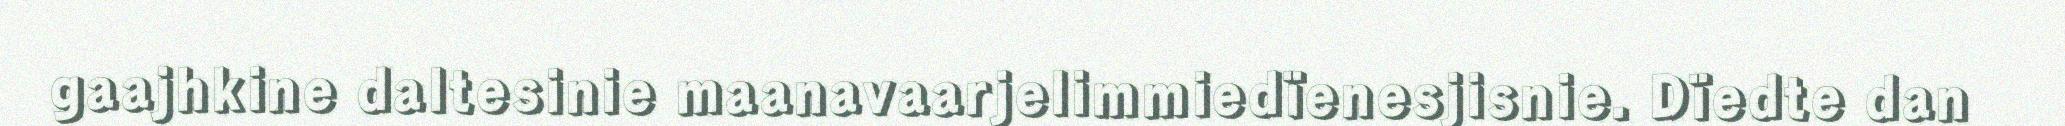
gaajhkine daltesinie maanavaarjelimmiedïenesjisnie. Dïedte dan